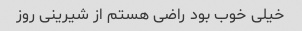
خیلی خوب بود راضی هستم از شیرینی روز